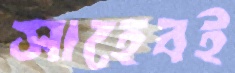
সাহেবই